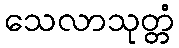
သေလာသုတ္တံ